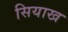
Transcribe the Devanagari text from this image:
सियाख